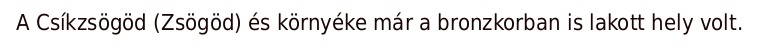
A Csíkzsögöd (Zsögöd) és környéke már a bronzkorban is lakott hely volt.